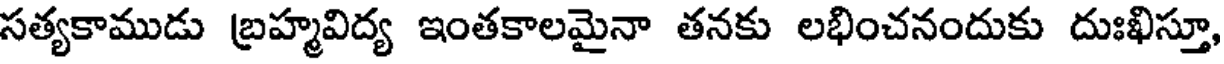
సత్యకాముడు బ్రహ్మవిద్య ఇంతకాలమైనా తనకు లభించనందుకు దుఃఖిస్తూ,